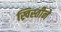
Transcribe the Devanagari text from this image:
ख्रिस्तीने